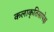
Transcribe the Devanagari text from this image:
कलाकृतिसापेक्ष